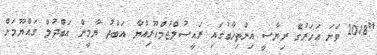
"2018 ވަނަ އަހަރުގެ ރިޔާސީ އިންތިޚާބުގައި ރައީސުލްޖުމްހޫރިއްޔާ އަބްދު ޔާމީން އަބްދުލް ގައްޔޫމަށް